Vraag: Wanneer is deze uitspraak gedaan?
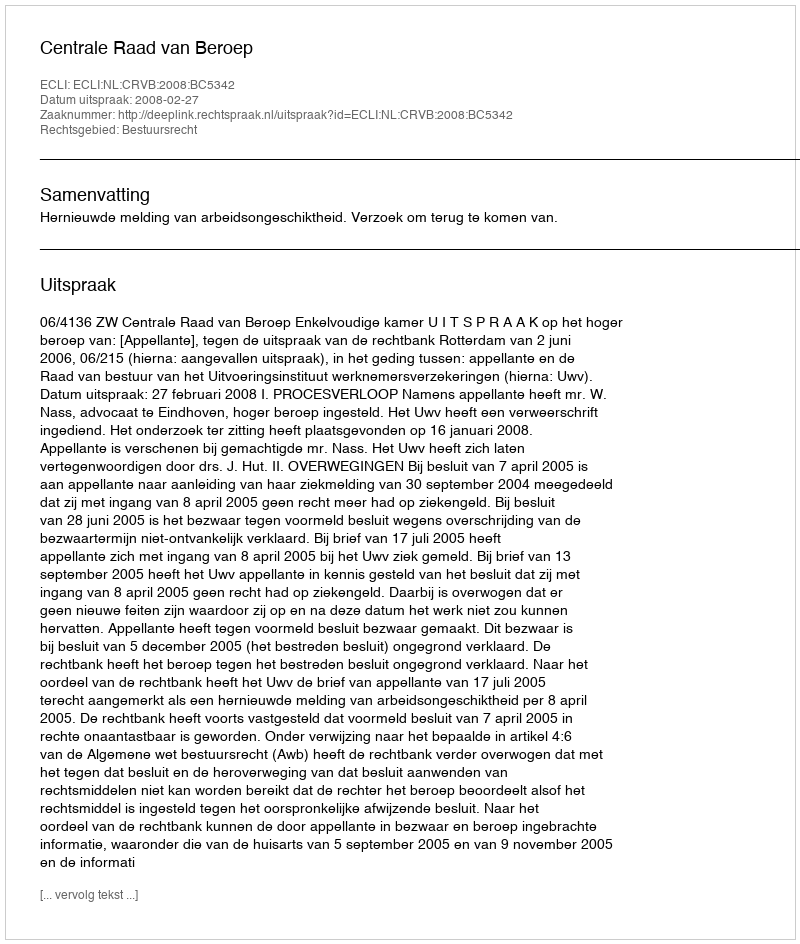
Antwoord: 2008-02-27